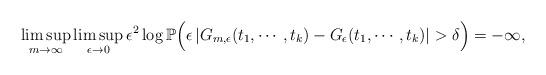
LaTeX: \begin{align*}&\limsup_{m\to\infty}\limsup_{\epsilon\to0}\epsilon^{2}\log\mathbb P\Big(\epsilon\left|G_{m,\epsilon}(t_1,\cdots, t_k)-G_{\epsilon}(t_1,\cdots, t_k)\right|>\delta\Big)=-\infty,\end{align*}